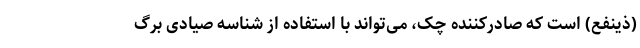
(ذینفع) است که صادرکننده چک، می‌تواند با استفاده از شناسه صیادی برگ